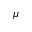
\mu